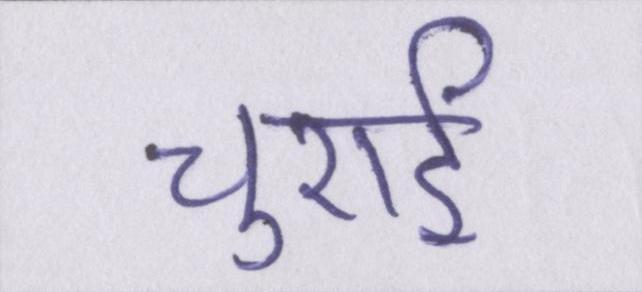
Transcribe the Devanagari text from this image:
चुराई